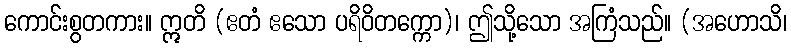
ကောင်းစွတကား။ ဣတိ (ဧတံ ဧသော ပရိဝိတက္ကော)၊ ဤသို့သော အကြံသည်။ (အဟောသိ၊